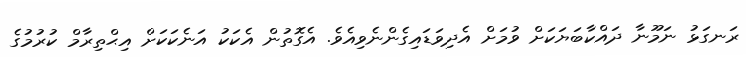
ރަނގަޅު ނަމޫނާ ދައްކާބަޔަކަށް ވުމަށް އެދިވަޑައިގެންނެވިއެވެ. އެގޮތުން އެކަކު އަނެކަކަށް އިޙްތިރާމް ކުރުމުގެ